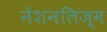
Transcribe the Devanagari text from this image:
नेशनलिज़्म